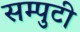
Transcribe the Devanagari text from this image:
सम्पुटी